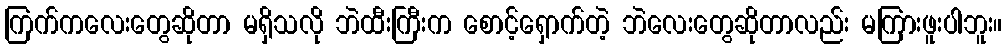
ကြက်ကလေးတွေဆိုတာ မရှိသလို ဘဲထီးကြီးက စောင့်ရှောက်တဲ့ ဘဲလေးတွေဆိုတာလည်း မကြားဖူးပါဘူး။